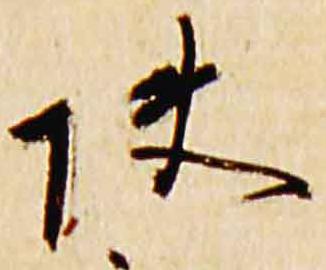
快